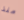
منذ